Civil Veterinary Dept. Bombay admin report 1932-41 - 1932-1941
Year: 1932
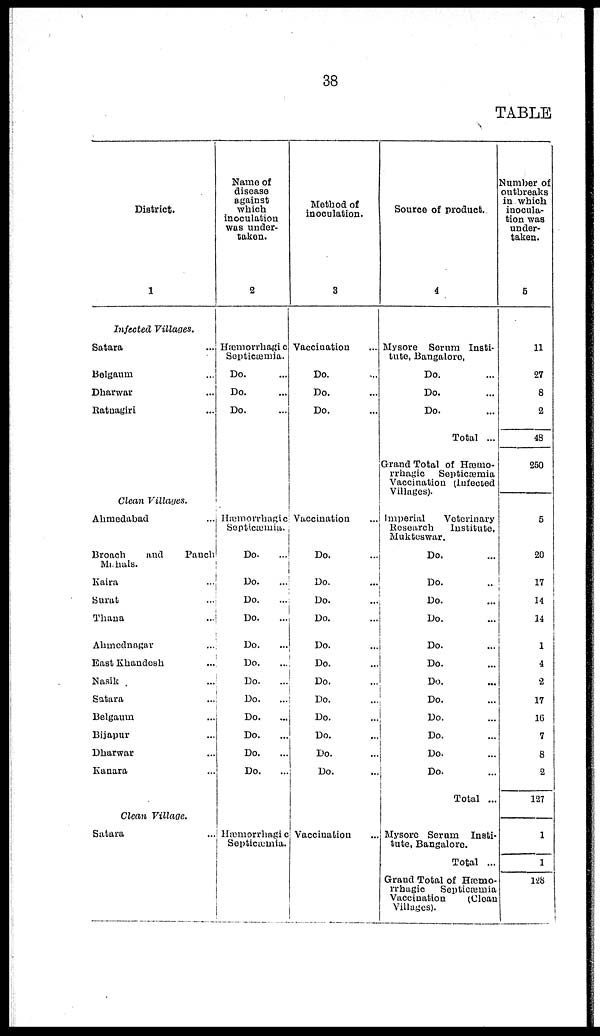
38
TABLE
District.
1
Infected Villages.
Satara ...
Belgaum ...
Dharwar ...
Ratnagiri ...
Clean Villages.
Ahmedabad ...
Broach
and
Panch
Mahals.
Kaira ...
Surat ...
Thana ...
Ahmednagar ...
East Khandesh ...
Nasik ...
Satara ...
Belgaum ...
Bijapur ...
Dharwar ...
Kanara ...
Clean Village.
Satara ...
Name of
disease
against
which
inoculation
was under-
taken.
2
Hæmorrhagic
Septicæmia.
Do. ...
Do. ...
Do. ...
Hæmorrhagic
Septicæmia.
Do. ...
Do.
...
Do. ...
Do. ...
Do. ...
Do.
...
Do. ...
Do. ...
Do. ...
Do. ...
Do. ...
Do. ...
Hæmorrhagic
Septicæmia.
Method of
inoculation.
3
Vaccination ...
Do....
Do. ...
Do. ...
Vaccination ...
Do. ...
Do. ...
Do. ...
Do. ...
Do. ...
Do. ...
Do. ...
Do. ...
Do. ...
Do. ...
Do. ...
Do. ...
Vaccination ...
Source of product.
4
Mysore Serum Insti-
tute, Bangalore.
Do. ...
Do. ...
Do. ...
Total ...
Grand Total of Hæmo¬
rrhagic Septicæmia
Vaccination (Infected
Villages).
Imperial
Veterinary
Research
Institute,
Mukteswar.
Do. ...
Do. ...
Do. ...
Do. ...
Do. ...
Do. ...
Do. ...
Do. ...
Do. ...
Do. ...
Do. ...
Do. ...
Total ...
Mysore Serum Insti-
tute, Bangalore.
Total ...
Grand Total of Hæmo¬
rrhagic Septicæmia
Vaccination
(Clean
Villages).
Number of
outbreaks
in which
inocula-
tion was
under-
taken.
5
11
27
8
2
48
250
5
20
17
14
14
1
4
2
17
16
7
8
2
127
1
1
128